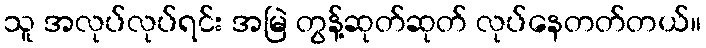
သူ အလုပ်လုပ်ရင်း အမြဲ တွန့်ဆုတ်ဆုတ် လုပ်နေတတ်တယ်။